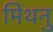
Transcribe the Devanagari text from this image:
मिथनु